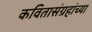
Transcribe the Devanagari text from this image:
कवितासंग्रहांच्या